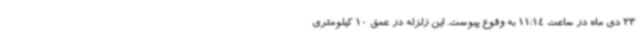
23 دی‌ ماه در ساعت 11:14 به وقوع پیوست. این زلزله در عمق 10 کیلومتری